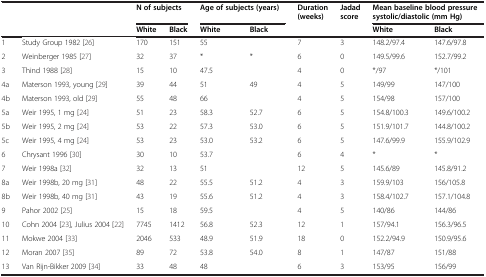
<table><thead><tr><td><b> </b></td><td><b> </b></td><td colspan="2"><b>N of subjects</b></td><td colspan="2"><b>Age of subjects (years)</b></td><td rowspan="2"><b>Duration (weeks)</b></td><td rowspan="2"><b>Jadad score</b></td><td colspan="2"><b>Mean baseline blood pressure systolic/diastolic (mm Hg)</b></td></tr><tr><td><b> </b></td><td><b> </b></td><td><b>White</b></td><td><b>Black</b></td><td><b>White</b></td><td><b>Black</b></td><td><b>White</b></td><td><b>Black</b></td></tr></thead><tbody><tr><td>1</td><td>Study Group 1982 [26]</td><td>170</td><td>151</td><td>55</td><td> </td><td>7</td><td>3</td><td>148.2/97.4</td><td>147.6/97.8</td></tr><tr><td>2</td><td>Weinberger 1985 [27]</td><td>32</td><td>37</td><td>*</td><td>*</td><td>6</td><td>0</td><td>149.5/99.6</td><td>152.7/99.2</td></tr><tr><td>3</td><td>Thind 1988 [28]</td><td>15</td><td>10</td><td>47.5</td><td> </td><td>4</td><td>0</td><td>*/97</td><td>*/101</td></tr><tr><td>4a</td><td>Materson 1993, young [29]</td><td>39</td><td>44</td><td>51</td><td>49</td><td>4</td><td>5</td><td>149/99</td><td>147/100</td></tr><tr><td>4b</td><td>Materson 1993, old [29]</td><td>55</td><td>48</td><td>66</td><td> </td><td>4</td><td>5</td><td>154/98</td><td>157/100</td></tr><tr><td>5a</td><td>Weir 1995, 1 mg [24]</td><td>51</td><td>23</td><td>58.3</td><td>52.7</td><td>6</td><td>5</td><td>154.8/100.3</td><td>149.6/100.2</td></tr><tr><td>5b</td><td>Weir 1995, 2 mg [24]</td><td>53</td><td>22</td><td>57.3</td><td>53.0</td><td>6</td><td>5</td><td>151.9/101.7</td><td>144.8/100.2</td></tr><tr><td>5c</td><td>Weir 1995, 4 mg [24]</td><td>53</td><td>23</td><td>53.0</td><td>53.2</td><td>6</td><td>5</td><td>147.6/99.9</td><td>155.9/102.9</td></tr><tr><td>6</td><td>Chrysant 1996 [30]</td><td>30</td><td>10</td><td>53.7</td><td> </td><td>6</td><td>4</td><td>*</td><td>*</td></tr><tr><td>7</td><td>Weir 1998a [32]</td><td>32</td><td>13</td><td>51</td><td> </td><td>12</td><td>5</td><td>145.6/89</td><td>145.8/91.2</td></tr><tr><td>8a</td><td>Weir 1998b, 20 mg [31]</td><td>48</td><td>22</td><td>55.5</td><td>51.2</td><td>4</td><td>3</td><td>159.9/103</td><td>156/105.8</td></tr><tr><td>8b</td><td>Weir 1998b, 40 mg [31]</td><td>43</td><td>19</td><td>55.6</td><td>51.2</td><td>4</td><td>3</td><td>158.4/102.7</td><td>157.1/104.8</td></tr><tr><td>9</td><td>Pahor 2002 [25]</td><td>15</td><td>18</td><td>59.5</td><td> </td><td>4</td><td>5</td><td>140/86</td><td>144/86</td></tr><tr><td>10</td><td>Cohn 2004 [23], Julius 2004 [22]</td><td>7745</td><td>1412</td><td>56.8</td><td>52.3</td><td>12</td><td>1</td><td>157/94.1</td><td>156.3/96.5</td></tr><tr><td>11</td><td>Mokwe 2004 [33]</td><td>2046</td><td>533</td><td>48.9</td><td>51.9</td><td>18</td><td>0</td><td>152.2/94.9</td><td>150.9/95.6</td></tr><tr><td>12</td><td>Moran 2007 [35]</td><td>89</td><td>72</td><td>53.8</td><td>54.0</td><td>8</td><td>1</td><td>147/87</td><td>151/88</td></tr><tr><td>13</td><td>Van Rijn-Bikker 2009 [34]</td><td>33</td><td>48</td><td>48</td><td> </td><td>6</td><td>3</td><td>153/95</td><td>156/99</td></tr></tbody></table>